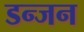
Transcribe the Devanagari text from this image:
डन्जन